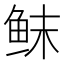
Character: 𱇚